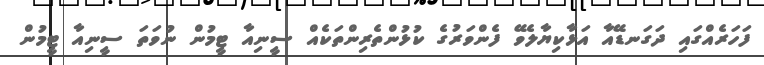
ފަހަރެއްގައި ދަގަނޑޭއާ އަޅާކިޔާލެވޭ ފެންވަރުގެ ކުޅުންތެރިންތަކެއް ސީނިއާ ޓީމުން ނުވަތަ ސީނިއާ ޓީމުން